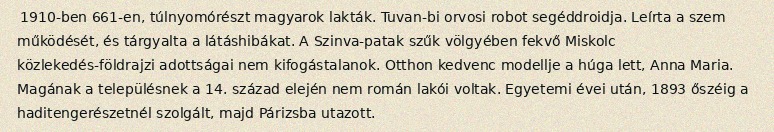
1910-ben 661-en, túlnyomórészt magyarok lakták. Tuvan-bi orvosi robot segéddroidja. Leírta a szem működését, és tárgyalta a látáshibákat. A Szinva-patak szűk völgyében fekvő Miskolc közlekedés-földrajzi adottságai nem kifogástalanok. Otthon kedvenc modellje a húga lett, Anna Maria. Magának a településnek a 14. század elején nem román lakói voltak. Egyetemi évei után, 1893 őszéig a haditengerészetnél szolgált, majd Párizsba utazott.